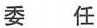
委 任